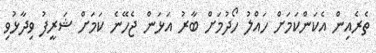
ތެރެއިން އެކަންކަމަށް ހައްލު ހޯދުމަށް ބާރު އަޅަން ޖެހޭނެ ކަމަށް ޝަރީފު ވިދާޅުވި